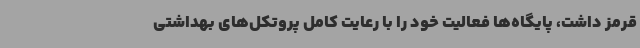
قرمز داشت، پایگاه‌ها فعالیت خود را با رعایت کامل پروتکل‌های بهداشتی